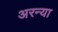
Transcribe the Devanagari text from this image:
अरन्या